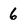
Character: 6